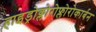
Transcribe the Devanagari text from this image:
हाइड्रोक्लोरोफ्लोरोकार्बन